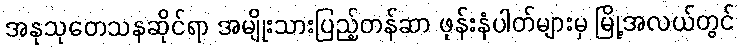
အနုသုတေသနဆိုင်ရာ အမျိုးသားပြည့်တန်ဆာ ဖုန်းနံပါတ်များမှ မြို့အလယ်တွင်